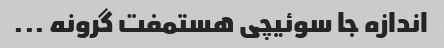
اندازه جا سوئیچی هستمفت گرونه ...